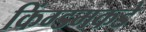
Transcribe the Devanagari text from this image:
किंग्डमकडे